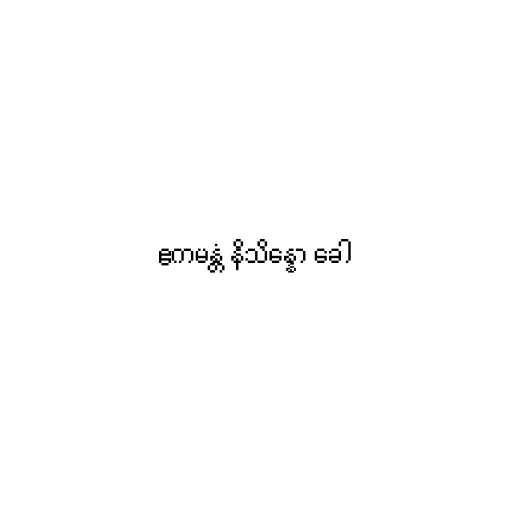
ဧကမန္တံ နိသိန္နော ခေါ